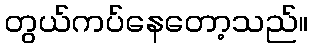
တွယ်ကပ်နေတော့သည်။